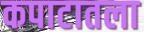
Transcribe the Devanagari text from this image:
कपाटातला